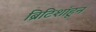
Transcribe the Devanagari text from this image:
ब्रिटिशांहून